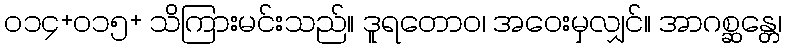
၀၁၄+၀၁၅+ သိကြားမင်းသည်။ ဒူရတောဝ၊ အဝေးမှလျှင်။ အာဂစ္ဆန္တေ၊